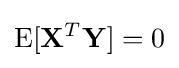
\operatorname {E} [\mathbf {X} ^{T}\mathbf {Y} ]=0